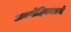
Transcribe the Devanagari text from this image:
अक्शेहिरमध्ये